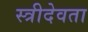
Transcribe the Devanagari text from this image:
स्त्रीदेवता